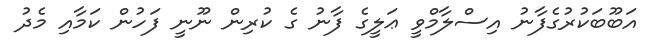
އަބޫބަކުރުގެފާނު އިސްލާމްވީ ޢަލީގެ ފާނު ގެ ކުރިން ނޫނީ ފަހުން ކަމާއި މެދު